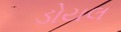
ડોયલ